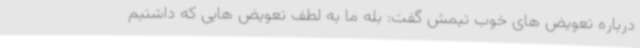
درباره تعویض های خوب تیمش گفت: بله ما به لطف تعویض هایی که داشتیم